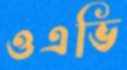
ওএভি